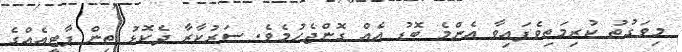
މިވަގުތު ކުރިމަތިވެފައިވާ އެންމެ ބޮޑު އެއް ގޮންޖެހުމެވެ. ސަރުކާރާ ދެކޮޅު ތިން ޕާޓީއެއްގެ